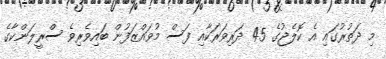
މި ދަތުރުގައި އެ ކޮލެޖުގެ 45 ދަރިވަރަކާއި ފަސް މުވައްޒަފުން ބައިވެރިވެ ސްރީލަންކާގެ